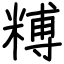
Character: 糐